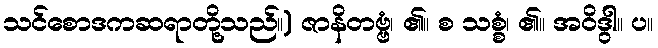
သင်စောဒကဆရာတို့သည်။) ဇာနိတဗ္ဗံ၊ ၏။ စ သစ္စံ၊ ၏။ အဝိဒွါ။ ပ။